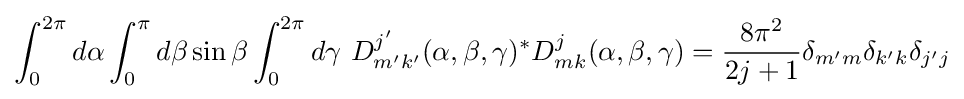
\int _{0}^{2\pi }d\alpha \int _{0}^{\pi }d\beta \sin \beta \int _{0}^{2\pi }d\gamma \,\,D_{m'k'}^{j'}(\alpha ,\beta ,\gamma )^{\ast }D_{mk}^{j}(\alpha ,\beta ,\gamma )={\frac {8\pi ^{2}}{2j+1}}\delta _{m'm}\delta _{k'k}\delta _{j'j}